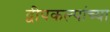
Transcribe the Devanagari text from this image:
द्वीपकल्पांच्या